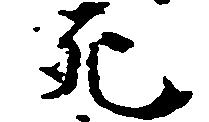
死